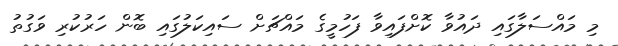
މި މައްސަލާގައި ދައުވާ ކޮށްފައިވާ ފަހުމީގެ މައްޗަށް ސައިކަލުގައި ބޮން ހަރުކުރި ވަގުތު